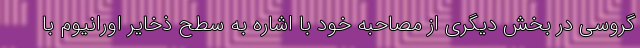
گروسی در بخش دیگری از مصاحبه خود با اشاره به سطح ذخایر اورانیوم با